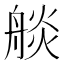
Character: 𦩗